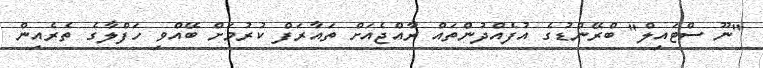
"ނޫ ސްޓައިލް" ބްރޭންޑުގެ އުފެއްދުންތައް ރާއްޖެއަށް ތައާރަފް ކުރުމަށް ބޭއްވި ހަފްލާގެ ތެރެއިން